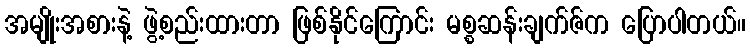
အမျိုးအစားနဲ့ ဖွဲ့စည်းထားတာ ဖြစ်နိုင်ကြောင်း မစ္စဆန်းချက်ဇ်က ပြောပါတယ်။